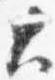
大